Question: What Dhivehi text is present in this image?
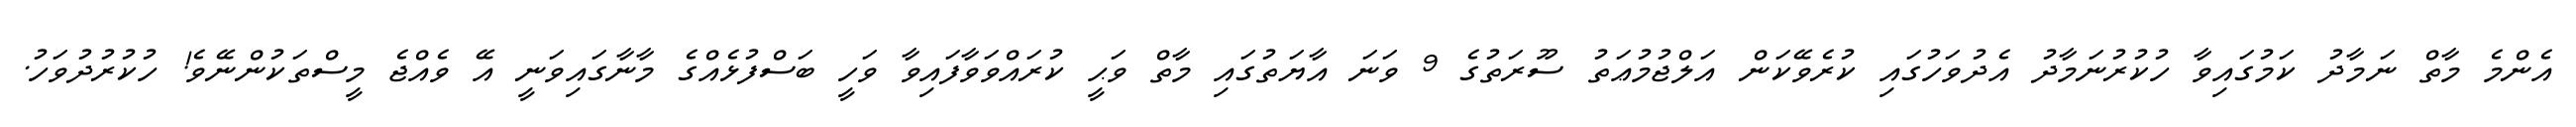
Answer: އެންމެ މާތް ނަމާދު ކަމުގައިވާ ހުކުރުނަމާދު އެދުވަހުގައި ކުރެވޭކަން އަލްޖުމުޢަތު ސޫރަތުގެ 9 ވަނަ އާޔަތުގައި މާތް ވަޙީ ކުރައްވަވާފައިވާ ވަހީ ބަސްފުޅެއްގެ މާނާގައިވަނީ އޭ ވެއްޖެ މީސްތަކުންނޭވެ! ހުކުރުދުވަހު.